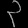
Digit: ၃